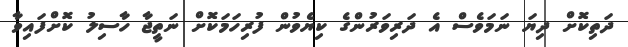
ދަތިކޮށް ދިޔަ ނަމަވެސް އެ ދަރިވަރުންގެ ކިޔެވުން ފުރިހަމަކޮށް ނަތީޖާ ހާސިލު ކޮށްފައިވާ